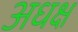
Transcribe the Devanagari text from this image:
अधक्ष